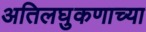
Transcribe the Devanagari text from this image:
अतिलघुकणाच्या